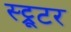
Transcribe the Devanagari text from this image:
स्ट्रूटर